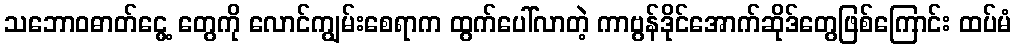
သဘောဝဓာတ်ငွေ့ တွေကို လောင်ကျွမ်းစေရာက ထွက်ပေါ်လာတဲ့ ကာဗွန်ဒိုင်အောက်ဆိုဒ်တွေဖြစ်ကြောင်း ထပ်မံ